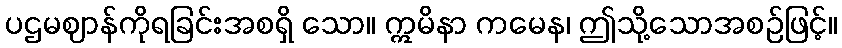
ပဌမဈာန်ကိုရခြင်းအစရှိ သော။ ဣမိနာ ကမေန၊ ဤသို့သောအစဉ်ဖြင့်။